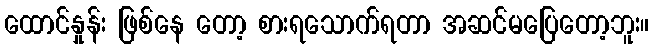
ထောင်နှုန်း ဖြစ်နေ တော့ စားရသောက်ရတာ အဆင်မပြေတော့ဘူး။